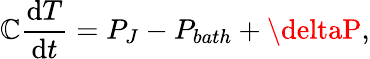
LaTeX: \mathbb{C}\frac{{\mathrm{{d}}T}}{{\mathrm{{d}}t}}=P_{J}-P_{bath}+\deltaP,